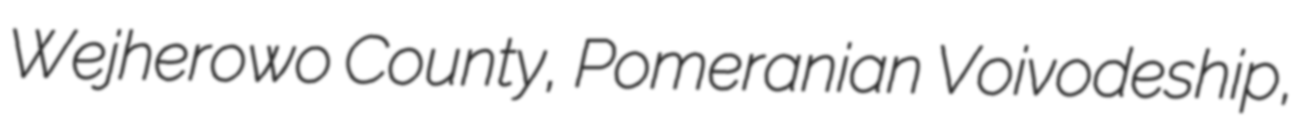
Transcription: Wejherowo County, Pomeranian Voivodeship,